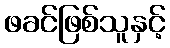
ဖခင်ဖြစ်သူနှင့်